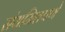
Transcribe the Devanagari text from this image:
संयमितपणे